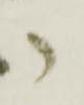
御